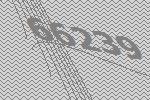
66239